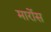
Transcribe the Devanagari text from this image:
मार्रोस